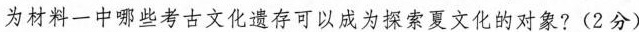
为材料一中哪些考古文化遗存可以成为探索夏文化的对象? (2分)